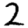
Digit: 2